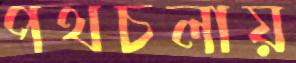
পথচলায়